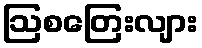
ဩစတြေးလျား